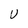
Character: U